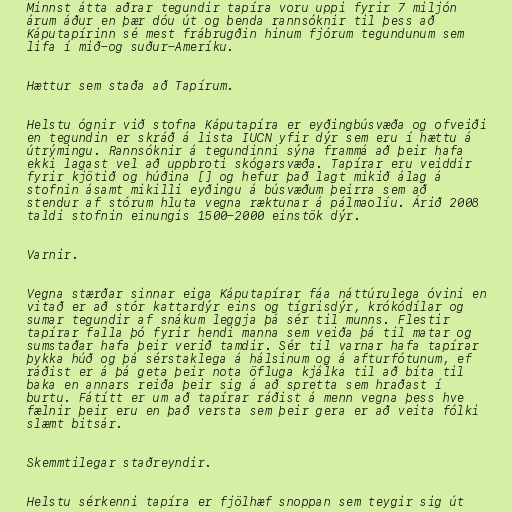
Minnst átta aðrar tegundir tapíra voru uppi fyrir 7 miljón
árum áður en þær dóu út og benda rannsóknir til þess að
Káputapírinn sé mest frábrugðin hinum fjórum tegundunum sem
lifa í mið-og suður-Ameríku.

Hættur sem staða að Tapírum.

Helstu ógnir við stofna Káputapíra er eyðingbúsvæða og ofveiði
en tegundin er skráð á lista IUCN yfir dýr sem eru í hættu á
útrýmingu. Rannsóknir á tegundinni sýna frammá að þeir hafa
ekki lagast vel að uppbroti skógarsvæða. Tapírar eru veiddir
fyrir kjötið og húðina [] og hefur það lagt mikið álag á
stofnin ásamt mikilli eyðingu á búsvæðum þeirra sem að
stendur af stórum hluta vegna ræktunar á pálmaolíu. Árið 2008
taldi stofnin einungis 1500-2000 einstök dýr.

Varnir.

Vegna stærðar sinnar eiga Káputapírar fáa náttúrulega óvini en
vitað er að stór kattardýr eins og tígrisdýr, krókódílar og
sumar tegundir af snákum leggja þá sér til munns. Flestir
tapírar falla þó fyrir hendi manna sem veiða þá til matar og
sumstaðar hafa þeir verið tamdir. Sér til varnar hafa tapírar
þykka húð og þá sérstaklega á hálsinum og á afturfótunum, ef
ráðist er á þá geta þeir nota öfluga kjálka til að bíta til
baka en annars reiða þeir sig á að spretta sem hraðast í
burtu. Fátítt er um að tapírar ráðist á menn vegna þess hve
fælnir þeir eru en það versta sem þeir gera er að veita fólki
slæmt bitsár.

Skemmtilegar staðreyndir.

Helstu sérkenni tapíra er fjölhæf snoppan sem teygir sig út